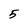
Character: 5